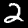
Label: 2